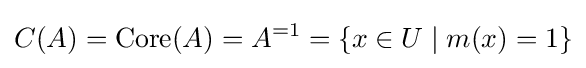
C(A)=\operatorname {Core} (A)=A^{=1}=\{x\in U\mid m(x)=1\}